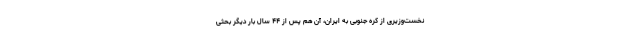
نخست‌وزیری از کره‌ جنوبی به ایران، آن ‌هم پس از ۴۴ سال بار دیگر بحثی